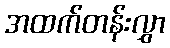
အထက်တန်းလွှာ